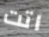
اتت